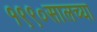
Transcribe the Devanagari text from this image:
१९९०सालच्या